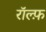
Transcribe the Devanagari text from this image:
रॉल्फ़